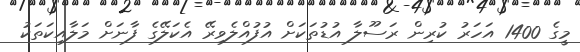
މީގެ 1400 އަހަރު ކުރިން ރަސޫލާ އުޑުތަކަށް އުފުއްލެވިރޭ އެކަލޭގެ ފާނަށް މަލާއިކަތަކު